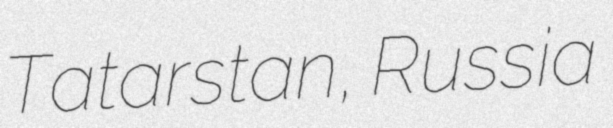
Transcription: Tatarstan, Russia